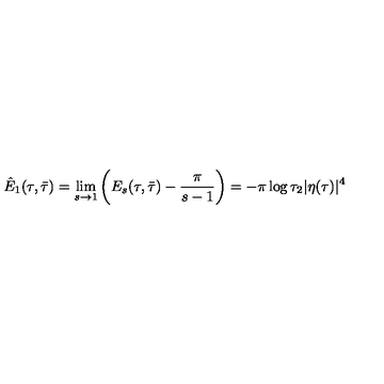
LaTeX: \hat { E } _ { 1 } ( \tau , \bar { \tau } ) = \lim _ { s \rightarrow 1 } \left( E _ { s } ( \tau , \bar { \tau } ) - \frac { \pi } { s - 1 } \right) = - \pi \log \tau _ { 2 } | \eta ( \tau ) | ^ { 4 }